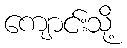
ကျောင်းသို့